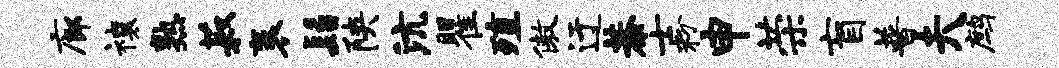
廊禳熟菽袤髫陕沆瞿殖傲迂恭士粉申荣盲普夫鹧